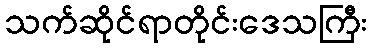
သက်ဆိုင်ရာတိုင်းဒေသကြီး